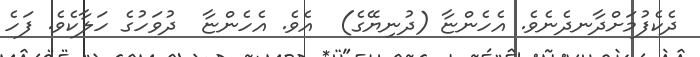
ދެކެފުމަށްދާނދެނެވެ. އެހެންޏާ (ދުނިޔޭގެ)  އެވެ. އެހެންޏާ  ދުވަހުގެ ހަލާކެވެ. ފަހެ